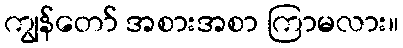
ကျွန်တော် အစားအစာ ကြာမလား။